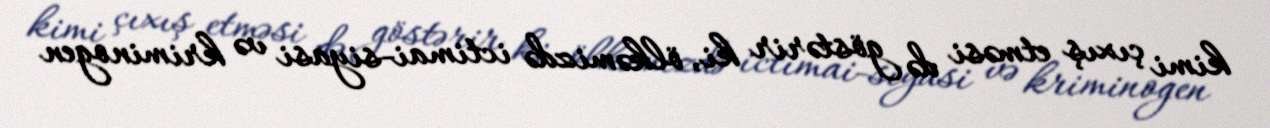
kimi çıxış etməsi də göstərir ki, ölkəmizdə ictimai-siyasi və kriminogen